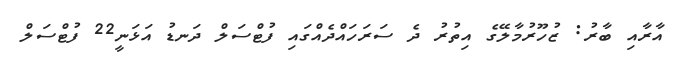
އާރާއި ބާރު: ޒުހޫރުމާލޭގެ އިތުރު ދެ ސަރަހައްދެއްގައި ފުޓްސަލް ދަނޑު އަޅަނީ22 ފުޓްސަލް